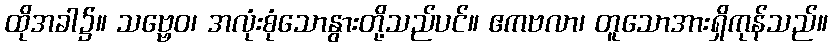
ထိုအခါ၌။ သဗ္ဗေဝ၊ အလုံးစုံသောနွားတို့သည်ပင်။ ဧကဗလာ၊ တူသောအားရှိကုန်သည်။